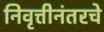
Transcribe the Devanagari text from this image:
निवृत्तीनंतरचे